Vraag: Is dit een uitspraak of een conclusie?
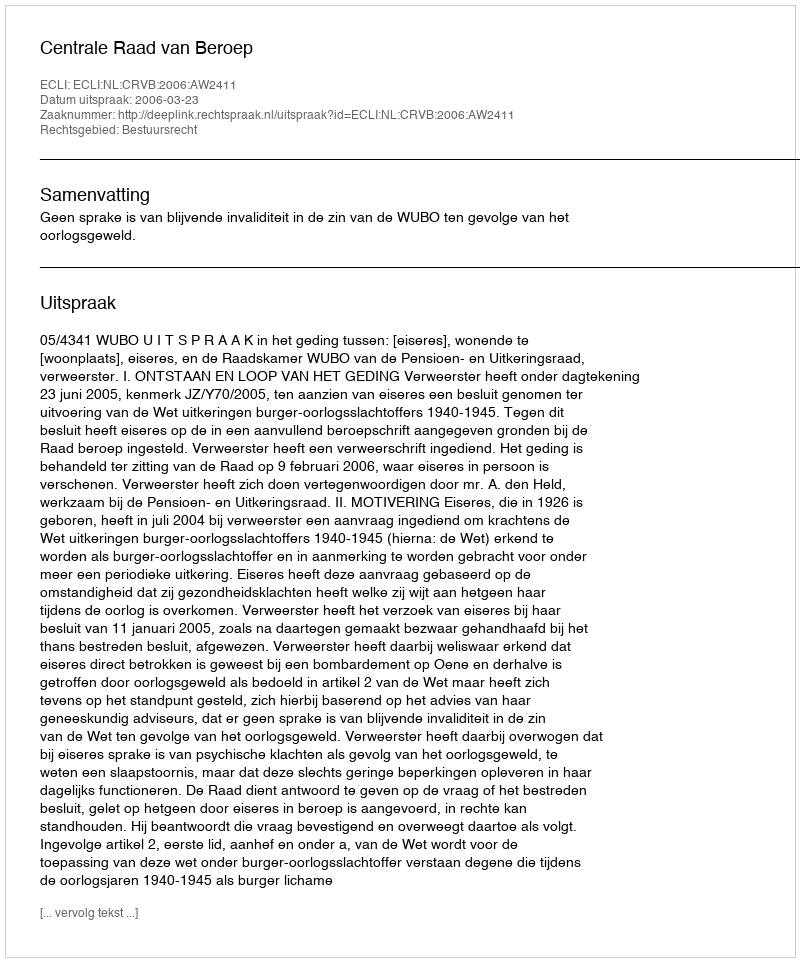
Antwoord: Uitspraak